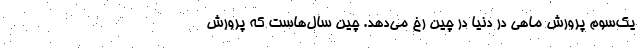
یک‌سوم پرورش ماهی در دنیا در چین رخ می‌دهد. چین سال‌هاست که پرورش